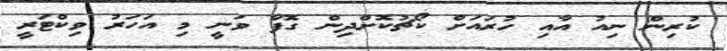
ކުރިން ނިއު އާއި ހުރައަށް ކޯޗުކޮށްދިން ގޮފާ ވަނީ މި އަހަރު ވިކްޓަރީ